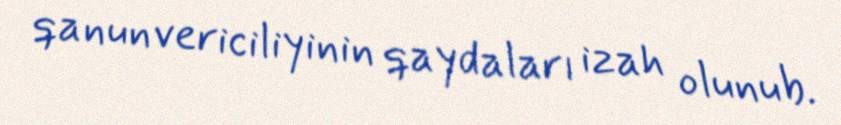
qanunvericiliyinin qaydaları izah olunub.